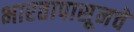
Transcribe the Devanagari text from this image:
भारतापासूनचे